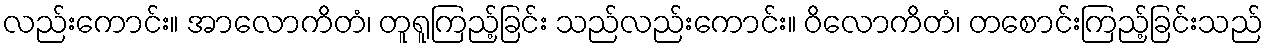
လည်းကောင်း။ အာလောကိတံ၊ တူရူကြည့်ခြင်း သည်လည်းကောင်း။ ဝိလောကိတံ၊ တစောင်းကြည့်ခြင်းသည်